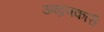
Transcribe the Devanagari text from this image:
उपद्रवकारी